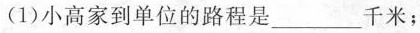
(1)小高家到单位的路程是_______千米；